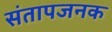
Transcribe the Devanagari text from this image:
संतापजनक